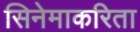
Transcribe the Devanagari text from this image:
सिनेमाकरिता